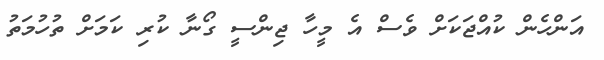
އަންހެން ކުއްޖަކަށް ވެސް އެ މީހާ ޖިންސީ ގޯނާ ކުރި ކަމަށް ތުހުމަތު